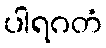
ပါရဂတံ